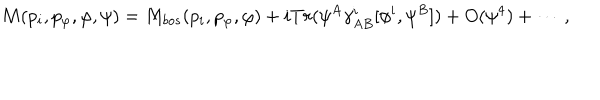
LaTeX: M ( p _ { i } , p _ { \varphi } , \varphi , \psi ) = M _ { b o s } ( p _ { i } , p _ { \varphi } , \varphi ) + i T r ( \psi ^ { A } \gamma _ { A B } ^ { i } [ \phi ^ { i } , \psi ^ { B } ] ) + O ( \psi ^ { 4 } ) + \cdots \, ,